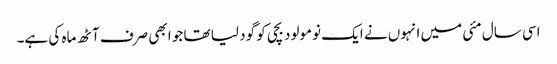
اسی سال مئی میں انہوں نے ایک نومولود بچی کو گود لیا تھا جو ابھی صرف آٹھ ماہ کی ہے۔